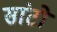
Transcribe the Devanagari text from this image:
सांटो